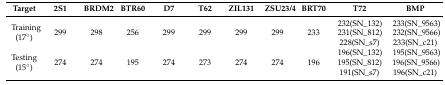
| Target | 2S1 | BRDM2 | BTR60 | D7 | T62 | ZIL131 | ZSU23/4 | BRT70 | T72 | BMP |
 | --- | --- | --- | --- | --- | --- | --- | --- | --- | --- | --- |
 | Training (17°) | 299 | 298 | 256 | 299 | 299 | 299 | 299 | 233 | 232(SN_132)231(SN_812)228(SN_s7) | 233(SN_9563)232(SN_9566)233(SN_c21) |
 | Testing (15°) | 274 | 274 | 195 | 274 | 273 | 274 | 274 | 196 | 196(SN_132)195(SN_812)191(SN_s7) | 195(SN_9563)196(SN_9566)196(SN_c21) |